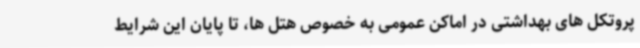
پروتکل های بهداشتی در اماکن عمومی به‌ خصوص هتل ها، تا پایان این شرایط